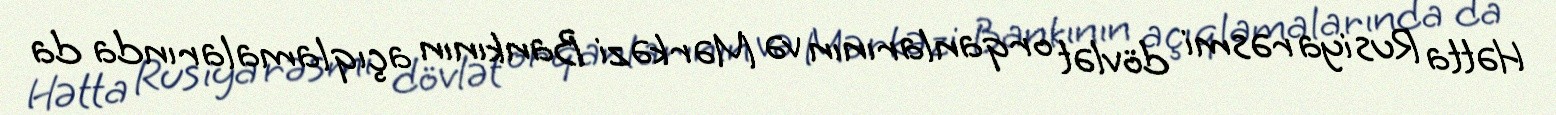
Hətta Rusiya rəsmi dövlət orqanlarının və Mərkəzi Bankının açıqlamalarında da